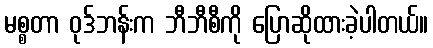
မစ္စတာ ဝုဒ်ဘန်းက ဘီဘီစီကို ပြောဆိုထားခဲ့ပါတယ်။